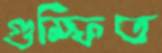
গুম্ফিত